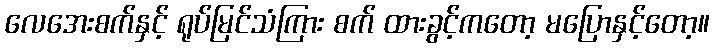
လေအေးစက်နှင့် ရုပ်မြင်သံကြား စက် ထားခွင့်ကတော့ မပြောနှင့်တော့။